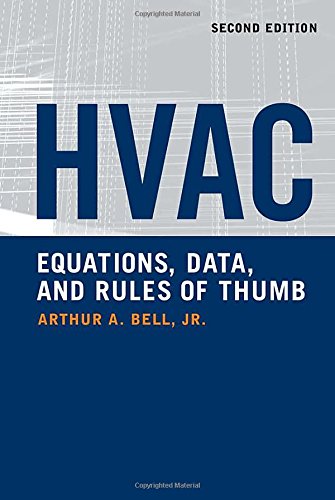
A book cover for HVAC Equations, Data, and Rules of Thumb, 2nd Ed.; Arthur Bell; Arts & Photography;